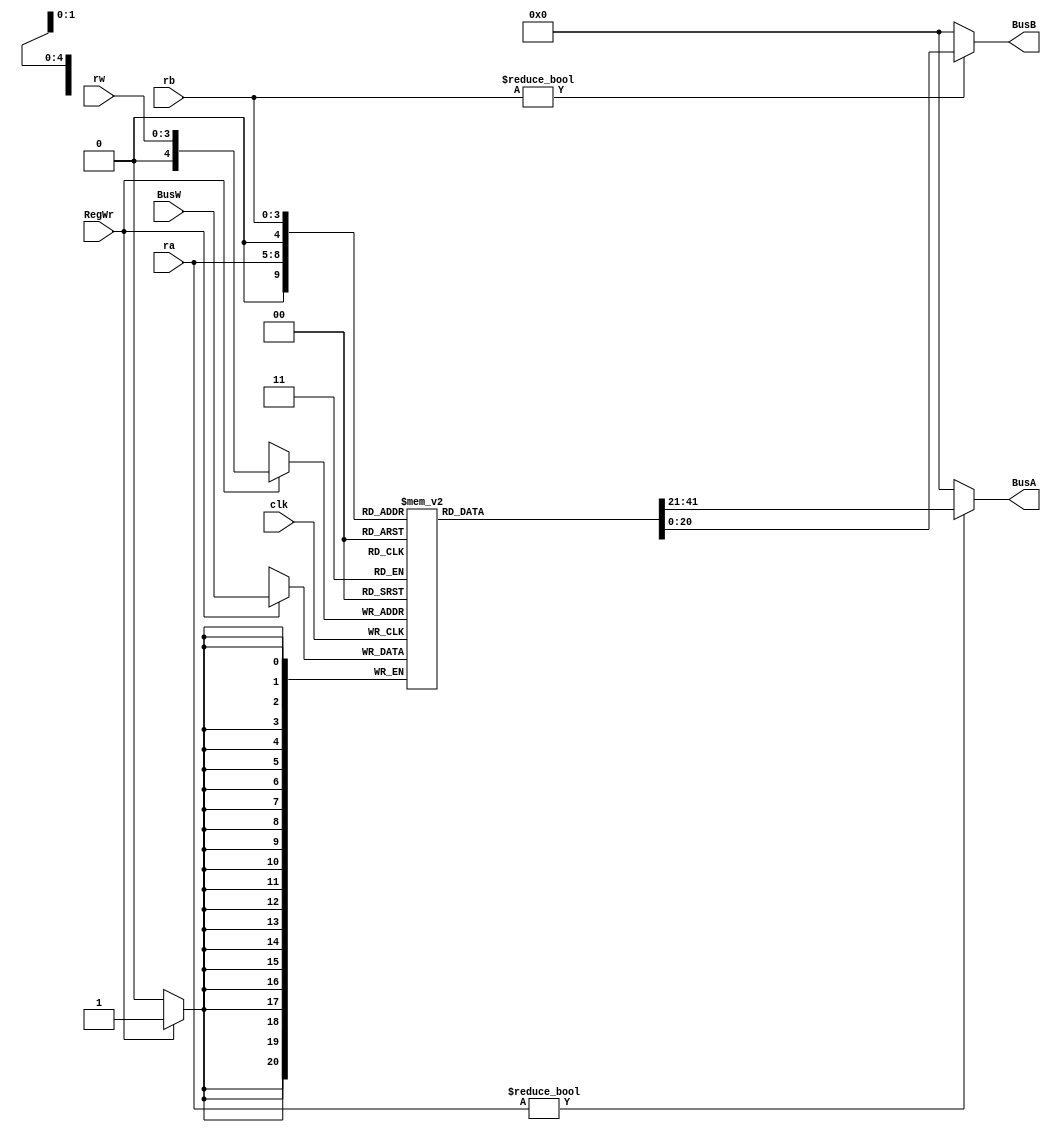
`timescale 1ns / 1ps

module RegFile(
    input [3:0] ra,
	 input [3:0] rb,
    input [3:0] rw,
	 input clk, RegWr,
	 input [20:0] BusW,
	 output [20:0] BusA,
	 output [20:0] BusB
	 );
    reg [20:0] rf[20:0];
	 always @(posedge clk)
		if (RegWr) rf[rw] <= BusW;	
  assign BusA = (ra != 0) ? rf[ra] : 0;
  assign BusB = (rb != 0) ? rf[rb] : 0;

	endmodule